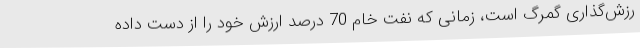
رزش‌گذاری گمرگ است، زمانی که نفت خام 70 درصد ارزش خود را از دست داده